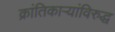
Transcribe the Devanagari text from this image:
क्रांतिकाऱ्यांविरुद्ध